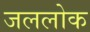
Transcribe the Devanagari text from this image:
जललोक